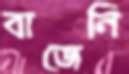
বাজেনি